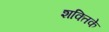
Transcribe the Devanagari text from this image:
शक्तिके